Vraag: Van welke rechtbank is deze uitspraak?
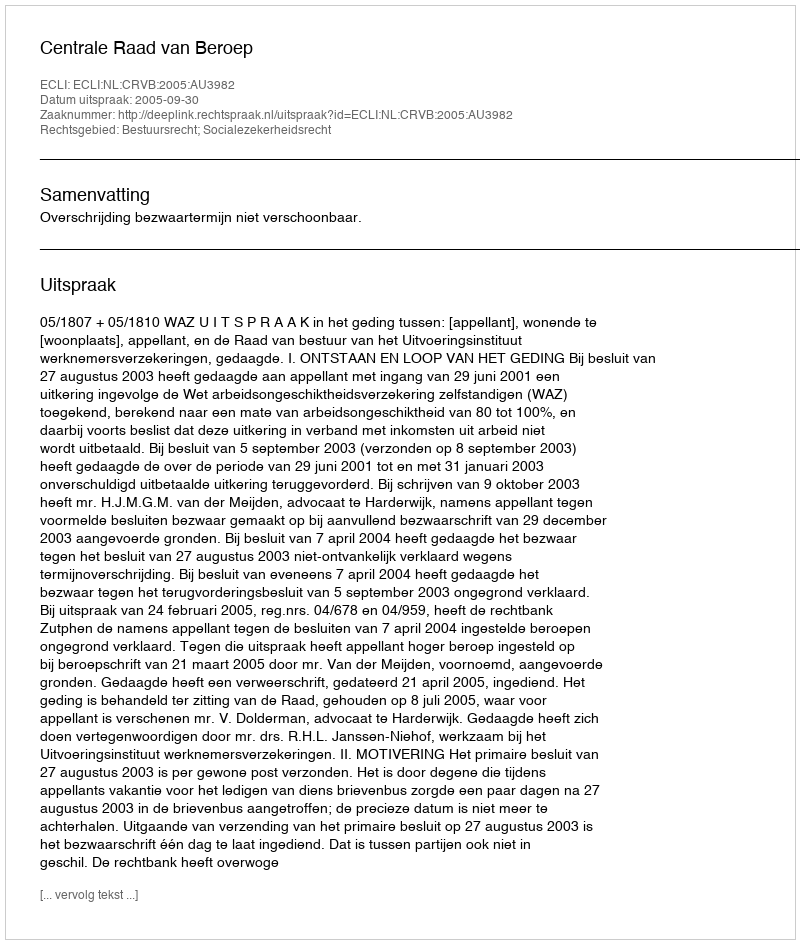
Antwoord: Centrale Raad van Beroep